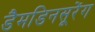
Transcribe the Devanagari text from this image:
डैमडिनसूरेंग